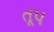
તૂપ